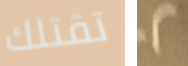
تقتلك 2